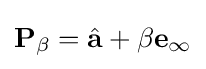
\mathbf {P} _{\beta }={\hat {\mathbf {a} }}+\beta \mathbf {e} _{\infty }